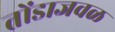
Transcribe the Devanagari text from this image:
तोंडाजवळ